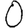
Digit: 0